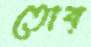
তোব্